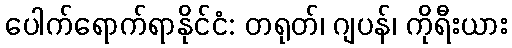
ပေါက်ရောက်ရာနိုင်ငံ: တရုတ်၊ ဂျပန်၊ ကိုရီးယား